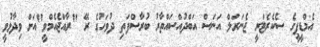
އެމްޑީޕީގެ ސެކެރެޓަރީ ޖެނަރަލް އަނަސް އަބްދުއްސައްތާރު ބުރާސްފަތި ދުވަހުގެ ރޭ "ރާއްޖެއެމްވީ"އަށް ވިދާޅުވީ